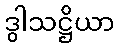
ဒွါသဋ္ဌိယာ